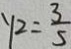
y _ { 2 } = \frac { 3 } { 5 }